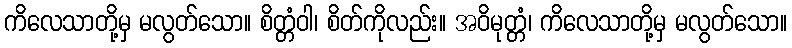
ကိလေသာတို့မှ မလွတ်သော။ စိတ္တံဝါ၊ စိတ်ကိုလည်း။ အဝိမုတ္တံ၊ ကိလေသာတို့မှ မလွတ်သော။